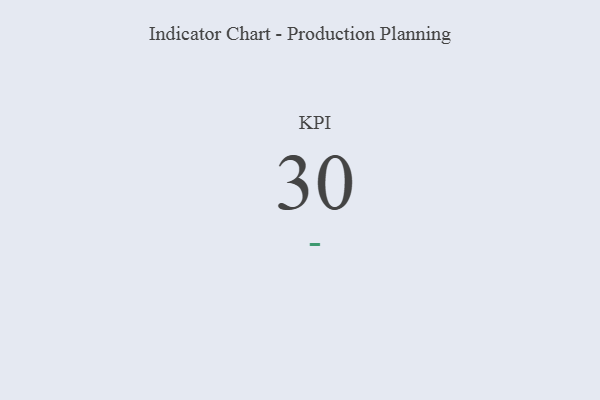
{"axis": {"x": "KPI", "y": "Value"}, "legend": [""], "data": [{"x": "KPI", "y": 30, "type": ""}]}